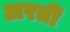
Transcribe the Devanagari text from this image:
अरतीं